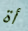
أة